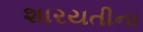
શારયતીના